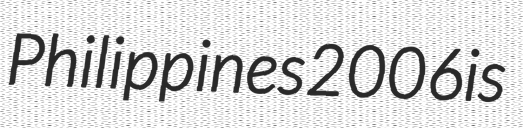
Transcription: Philippines 2006 is